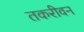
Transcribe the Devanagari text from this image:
तकरीवन